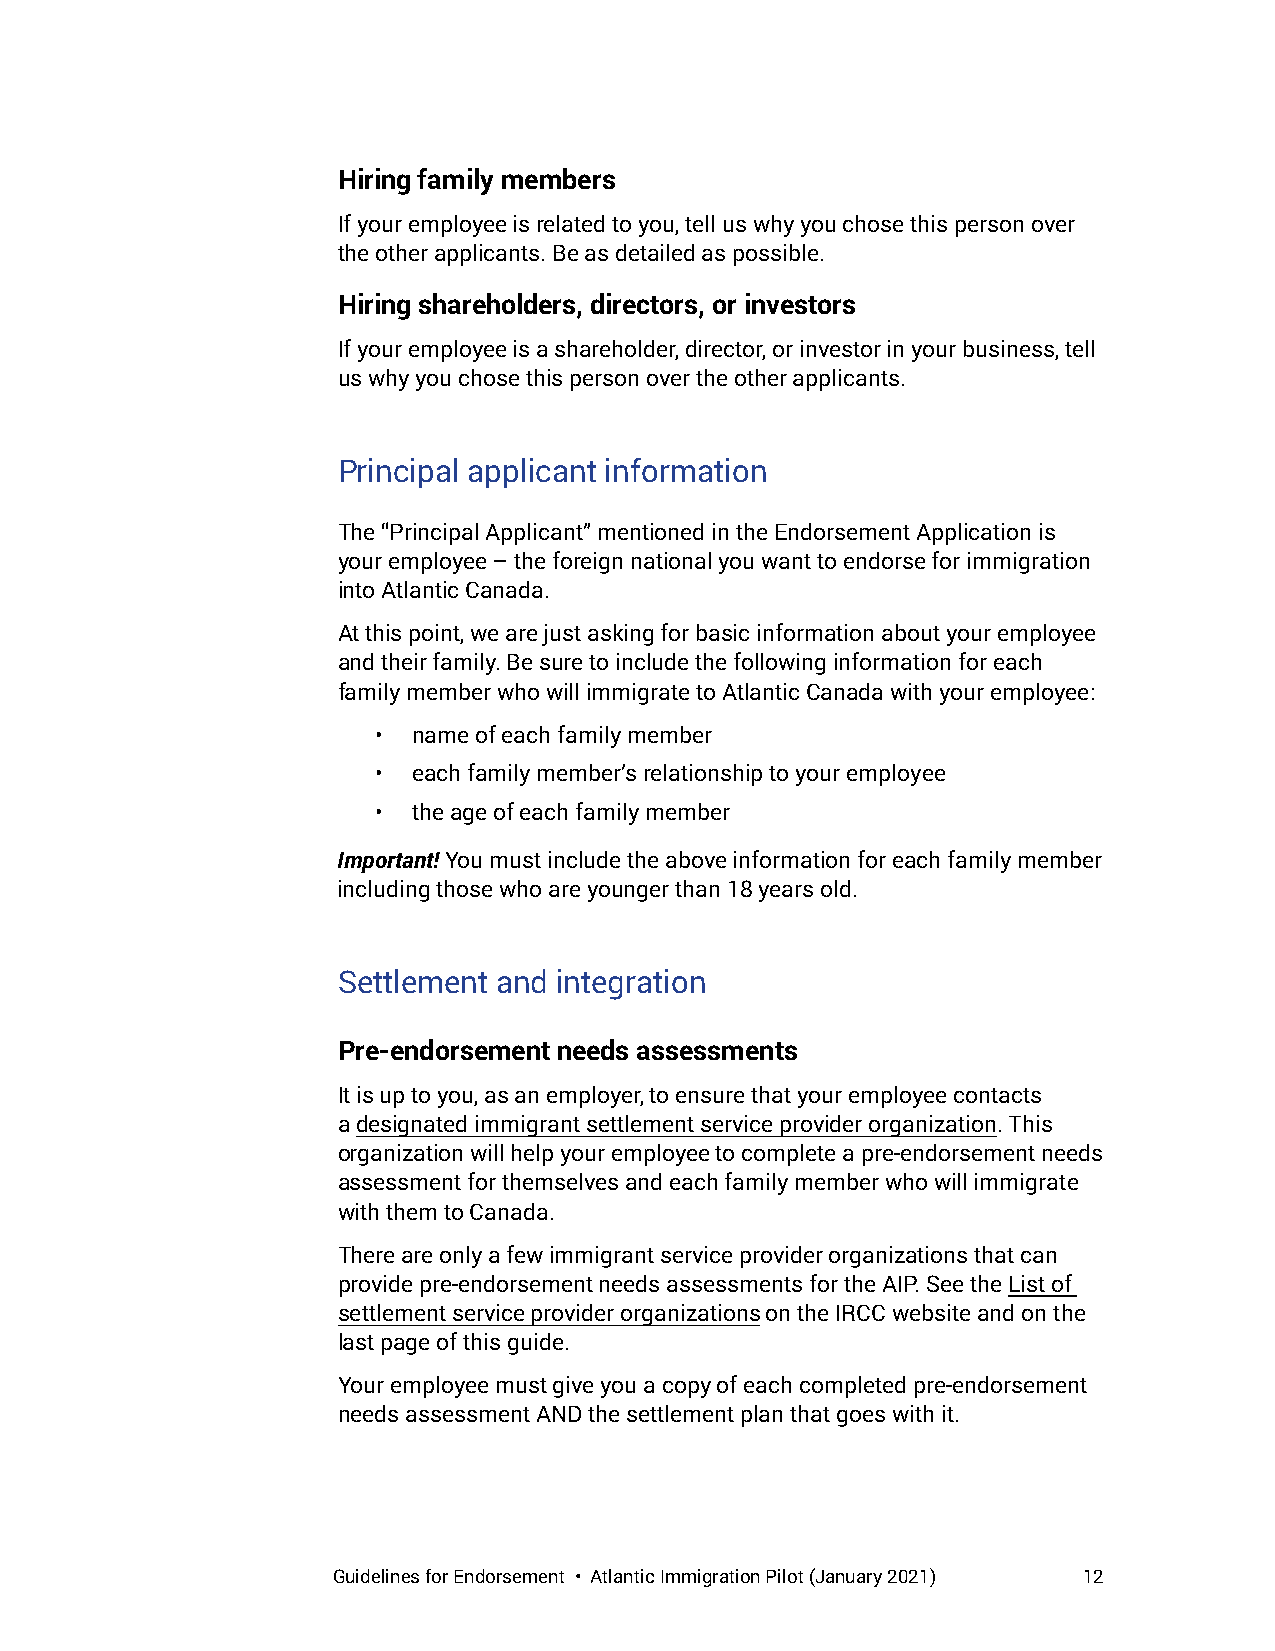
Hiring family members
 If your employee is related to you, tell us why you chose this person over
 the other applicants. Be as detailed as possible.
 Hiring shareholders, directors, or investors
 If your employee is a shareholder, director, or investor in your business, tell
 us why you chose this person over the other applicants.
 Principal applicant information
 The “Principal Applicant” mentioned in the Endorsement Application is
 your employee – the foreign national you want to endorse for immigration
 into Atlantic Canada.
 At this point, we are just asking for basic information about your employee
 and their family. Be sure to include the following information for each
 family member who will immigrate to Atlantic Canada with your employee:
 • name of each family member
 • each family member’s relationship to your employee
 • the age of each family member
 Important! You must include the above information for each family member
 including those who are younger than 18 years old.
 Settlement and integration
 Pre-endorsement needs assessments
 It is up to you, as an employer, to ensure that your employee contacts
 a designated immigrant settlement service provider organization. This
 organization will help your employee to complete a pre-endorsement needs
 assessment for themselves and each family member who will immigrate
 with them to Canada.
 There are only a few immigrant service provider organizations that can
 provide pre-endorsement needs assessments for the AIP. See the List of
 settlement service provider organizations on the IRCC website and on the
 last page of this guide.
 Your employee must give you a copy of each completed pre-endorsement
 needs assessment AND the settlement plan that goes with it.
 Guidelines for Endorsement • Atlantic Immigration Pilot (January 2021) 12